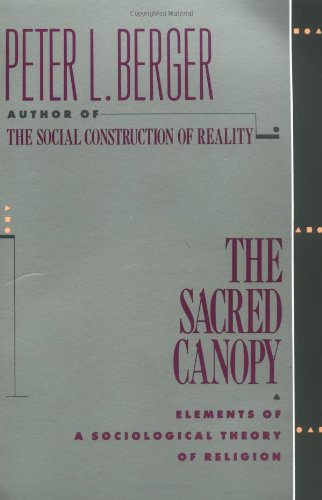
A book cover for The Sacred Canopy: Elements of a Sociological Theory of Religion; Peter L. Berger; Religion & Spirituality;